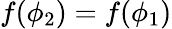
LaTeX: f(\phi_{2})=f(\phi_{1})